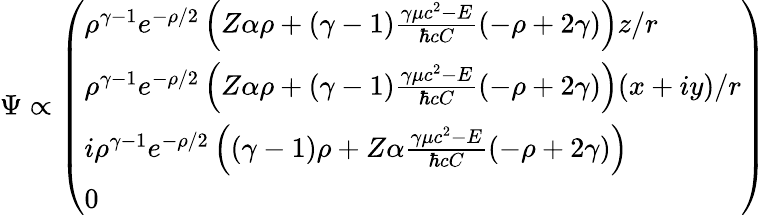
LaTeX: \Psi\propto{\left(\begin{array}{l}{\rho^{\gamma-1}e^{-\rho/2}\left(Z\alpha\rho+(\gamma-1){\frac{\gamma\mu c^{2}-E}{\hbar cC}}(-\rho+2\gamma)\right)z/r}\\ {\rho^{\gamma-1}e^{-\rho/2}\left(Z\alpha\rho+(\gamma-1){\frac{\gamma\mu c^{2}-E}{\hbar cC}}(-\rho+2\gamma)\right)(x+iy)/r}\\ {i\rho^{\gamma-1}e^{-\rho/2}\left((\gamma-1)\rho+Z\alpha{\frac{\gamma\mu c^{2}-E}{\hbar cC}}(-\rho+2\gamma)\right)}\\ {0}\end{array}\right)}